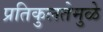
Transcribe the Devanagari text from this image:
प्रतिकुलतेमुळे